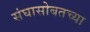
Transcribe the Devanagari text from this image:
संघासोबतच्या